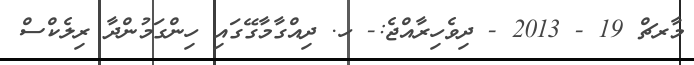
މާރޗް 19 - 2013 - ދިވެހިރާއްޖެ:- ހ. ދިއްގާމާގޭގައި ހިންގަމުންދާ ރިލެކްސް